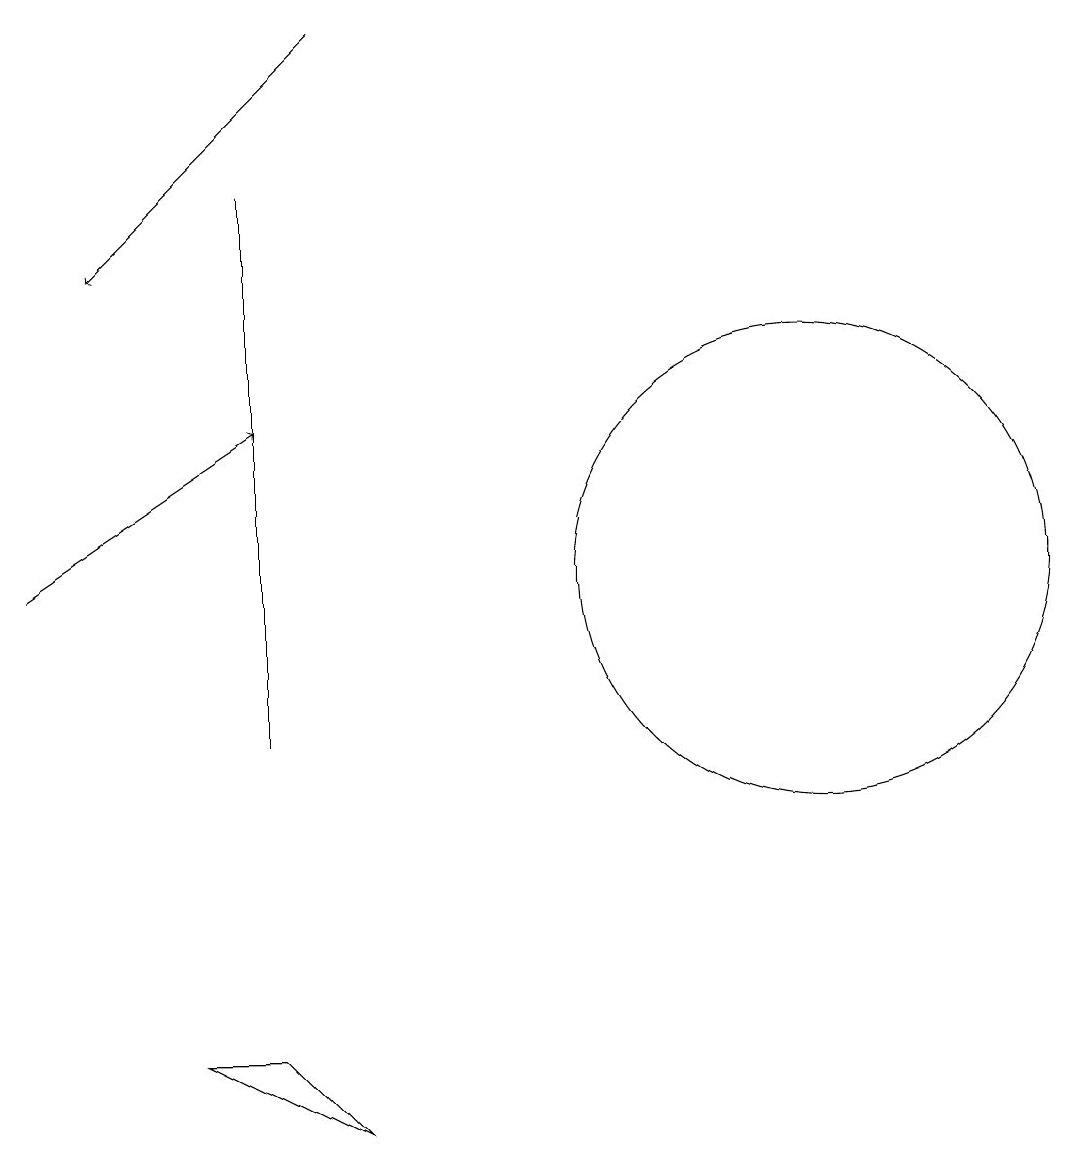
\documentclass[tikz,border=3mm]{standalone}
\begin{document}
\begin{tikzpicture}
\draw[->] (5,19) -- (2,16);
\draw (10,11) circle (0);
\draw[->] (1,12) -- (4,14);
\draw (5,5) -- (3,6) -- (4,6) -- cycle;
\draw (11,12) circle (3);
\draw (4,10) rectangle (4,17);
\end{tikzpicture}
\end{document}